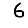
Digit: 6